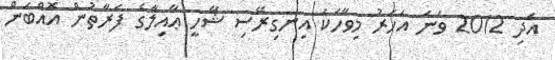
އަދި 2012 ވަނަ އަހަރު މިވާހަކަ އިނގިރޭސި ޝާހީ ޢާއިލާގެ ފަރާތުން އޮއްބަން